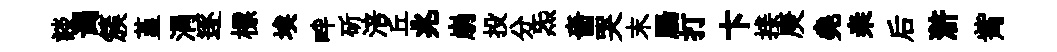
談谒簇堇涓逐標埃畔斫涪丘兆崩投分炁嗇哭末腸打卞接庚堯桒后滸觜